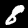
Label: 8